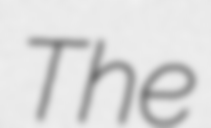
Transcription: The